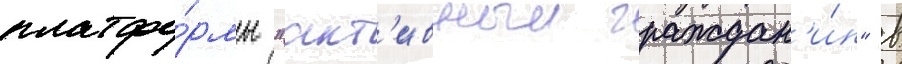
платфо́рмы "акт'ивныи граждан'и́н" в